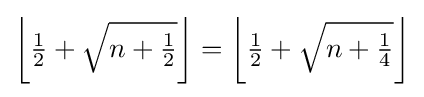
\left\lfloor {\tfrac {1}{2}}+{\sqrt {n+{\tfrac {1}{2}}}}\right\rfloor =\left\lfloor {\tfrac {1}{2}}+{\sqrt {n+{\tfrac {1}{4}}}}\right\rfloor